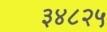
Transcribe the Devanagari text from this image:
३४८२५